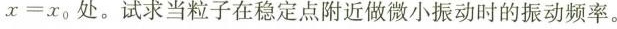
x＝x_{ 0 }处。试求当粒子在稳定点附近做微小振动时的振动频率。